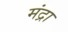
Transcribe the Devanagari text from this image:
मंद्रा